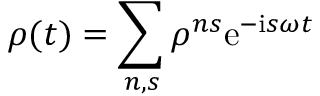
\rho ( t ) = \sum _ { n , s } \rho ^ { n s } \mathrm { e } ^ { - \mathrm { i } s \omega t }